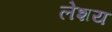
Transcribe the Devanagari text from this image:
लेशय